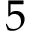
5